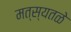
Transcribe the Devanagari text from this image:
मत्स्यतळे